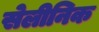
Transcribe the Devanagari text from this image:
सेलीनिक